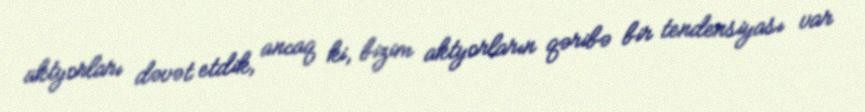
aktyorları dəvət etdik, ancaq ki, bizim aktyorların qəribə bir tendensiyası var